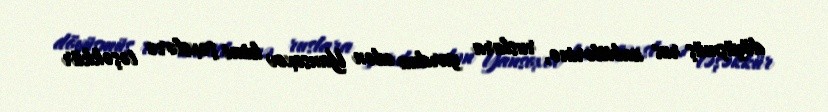
döyüşmüş rus zabitlərinə, ruslara yardım edən Yansoxov kimi şəxslərə təşəkkür